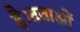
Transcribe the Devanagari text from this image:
है।दवाओं